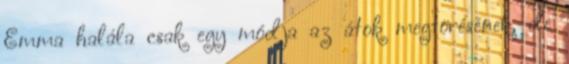
Emma halála csak egy módja az átok megtörésének, de